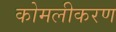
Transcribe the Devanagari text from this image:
कोमलीकरण